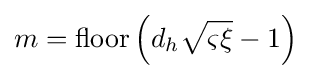
m={\text{floor}}\left(d_{h}{\sqrt {\varsigma \xi }}-1\right)